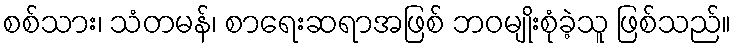
စစ်သား၊ သံတမန်၊ စာရေးဆရာအဖြစ် ဘဝမျိုးစုံခဲ့သူ ဖြစ်သည်။